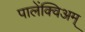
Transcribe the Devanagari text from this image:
पालेंक्विअम्‌